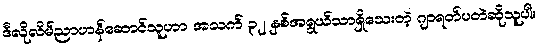
ဒီလိုလိမ်ညာဟန်ဆောင်သူဟာ အသက် ၃၂ နှစ်အရွယ်သာရှိသေးတဲ့ ဂျာရတ်ပတဲဆိုသူပါ။